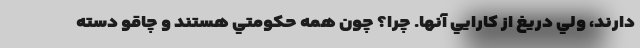
دارند، ولي دريغ از كارايي آنها. چرا؟ چون همه حكومتي هستند و چاقو دسته